Report on vaccination in Madras 1877-1894 - 1877-1894
Year: 1877
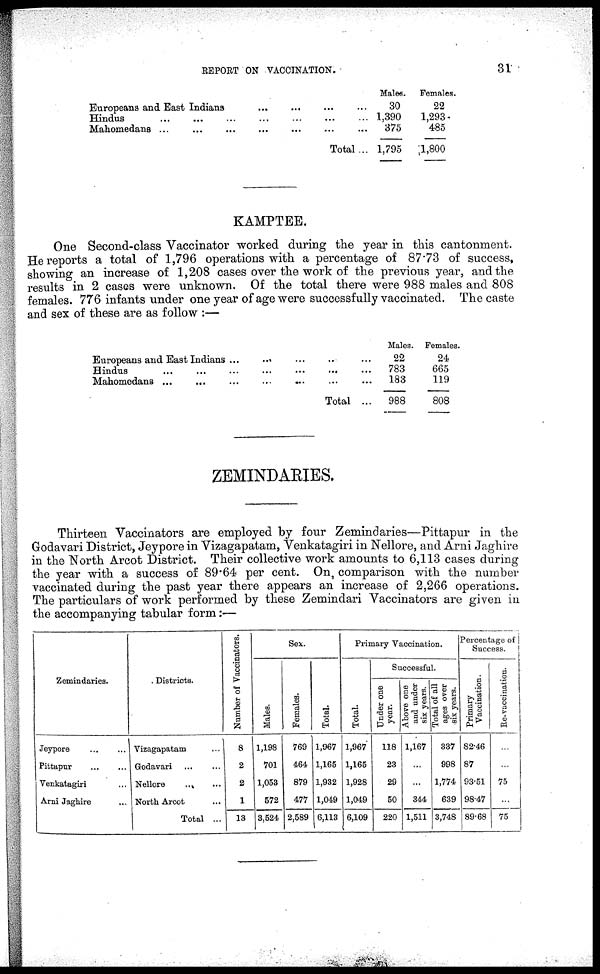
REPORT ON VACCINATION.
31
Europeans and East Indians
...
...
...
...
Hindus
...
...
...
...
Mahomedans
...
...
...
...
Total ...
Males.
30
1,390
375
1,795
Females.
22
1,293
485
1,800
KAMPTEE.
One Second-class Vaccinator worked during the year in this cantonment.
He reports a total of 1,796 operations with a percentage of 87.73 of success,
showing an increase of 1,208 cases over the work of the previous year, and the
results in 2 cases were unknown. Of the total there were 988 males and 808
females. 776 infants under one year of age were successfully vaccinated. The caste
and sex of these are as follow :—
Europeans and East Indians
...
...
...
...
Hindus
...
...
...
...
...
...
Mahomedans
...
...
...
...
...
...
...
Total ...
Males.
22
783
183
988
Females.
24
665
119
808
ZEMINDARIES.
Thirteen Vaccinators are employed by four Zemindaries—Pittapur in the
Godavari District, Jeypore in Vizagapatam, Venkatagiri in Nellore, and Arni Jaghire
in the North Arcot District. Their collective work amounts to 6,113 cases during
the year with a success of 89.64 per cent. On comparison with the number
vaccinated during the past year there appears an increase of 2,266 operations.
The particulars of work performed by these Zemindari Vaccinators are given in
the accompanying tabular form:—
Zemindaries.
Jeypore
...
...
Pittapur
...
...
Venkatagiri ...
Arni Jaghire ...
Districts.
Vizagapatam ...
Godavari ... ...
Nellore ... ...
North Arcot ...
Total ...
Number of Vaccinators.
8
2
2
1
13
Sex.
Males.
1,198
701
1,053
572
3,524
Females.
769
464
879
477
2,589
Total.
1,967
1,165
1,932
1,049
6,113
Primary Vaccination.
Total.
1,967
1,165
1,928
1,049
6,109
Successful.
Under one
year.
118
23
29
50
220
Above one
and under
six years.
1,167
...
...
344
1,511
Total of all
ages over
six years.
337
998
1,774
639
3,748
Percentage of
Success.
Primary
Vaccination.
82.46
87
93.51
98.47
89.68
Re-vaccination.
...
...
75
...
75